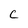
Character: C